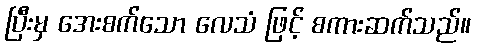
ပြီးမှ အေးစက်သော လေသံ ဖြင့် စကားဆက်သည်။